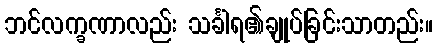
ဘင်လက္ခဏာလည်း သင်္ခါရ၏ချုပ်ခြင်းသာတည်း။